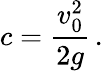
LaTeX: c=\frac{v_{0}^{2}}{2g}\, .